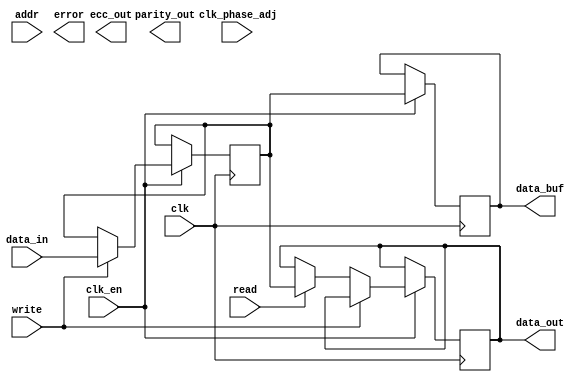
module gddr_io_block #(
    parameter DATA_WIDTH = 32,    // Supported data widths: 16, 32, 64
    parameter ADDR_WIDTH = 16      // Address bus width
)(
    input wire clk,                // High-frequency clock input
    input wire clk_en,             // Clock enable signal
    input wire clk_phase_adj,      // Phase adjustment signal
    input wire [ADDR_WIDTH-1:0] addr, // Address bus
    input wire [DATA_WIDTH-1:0] data_in, // Data input
    output reg [DATA_WIDTH-1:0] data_out, // Data output
    input wire read,               // Read control signal
    input wire write,              // Write control signal
    output reg error,              // Error signal
    output reg [DATA_WIDTH/8-1:0] ecc_out, // ECC output (for simplicity)
    output reg parity_out,         // Parity output
    output wire [DATA_WIDTH-1:0] data_buf  // Internal data buffer
);

// Internal registers
reg [DATA_WIDTH-1:0] data_buffer; // Internal data buffer for transfers
reg [DATA_WIDTH-1:0] aligned_data; // Aligned data for output
reg [ADDR_WIDTH-1:0] internal_addr; // Internal address storage

// Clock management logic
always @(posedge clk or negedge clk) begin
    if (clk_en) begin
        if (clk_phase_adj) begin
            // Phase adjustment logic: could implement phase shifting here
        end
    end
end

// Data transfer logic
always @(posedge clk) begin
    if (clk_en) begin
        if (write) begin
            internal_addr <= addr; // Store the address
            data_buffer <= data_in; // Capture input data
            // Optional: ECC generation logic
            // parity_out = ^data_buffer; // Simple parity check
            // ecc_out = ecc_generation(data_buffer);
        end
        else if (read) begin
            internal_addr <= addr; // Store the address
            data_out <= data_buffer; // Output the stored data
        end
    end
end

// Example data alignment logic (basic)
always @(posedge clk) begin
    if (clk_en) begin
        // Align data based on burst length if needed
        aligned_data <= data_buffer; // Placeholder for actual alignment logic
    end
end

// Error detection logic (placeholder)
always @(posedge clk) begin
    if (clk_en) begin
        // Optional error detection logic could go here
        // For example, check for ECC errors
        // error <= check_ecc(data_buffer, ecc_out);
    end
end

// Assignments
assign data_buf = aligned_data; // Connect internal buffer to output

endmodule